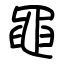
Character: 黽